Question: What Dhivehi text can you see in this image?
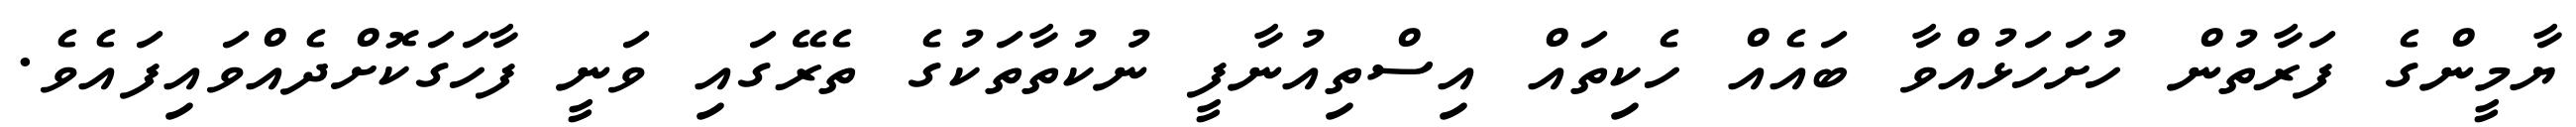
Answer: ޔާމީންގެ ފަރާތުން ހުށަހަޅުއްވާ ބައެއް ހެކިތައް އިސްތިއުނާފީ ނުކުތާތަކުގެ ތެރޭގައި ވަނީ ފާހަގަކޮށްދެއްވައިފައެވެ.